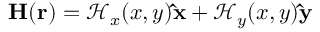
\mathbf { H } ( \mathbf { r } ) = \mathcal { H } _ { x } ( x , y ) \mathbf { \hat { x } } + \mathcal { H } _ { y } ( x , y ) \mathbf { \hat { y } }